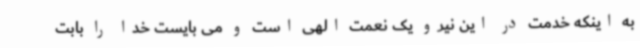
به اینکه خدمت در این نیرو یک نعمت الهی است و می بایست خدا را بابت